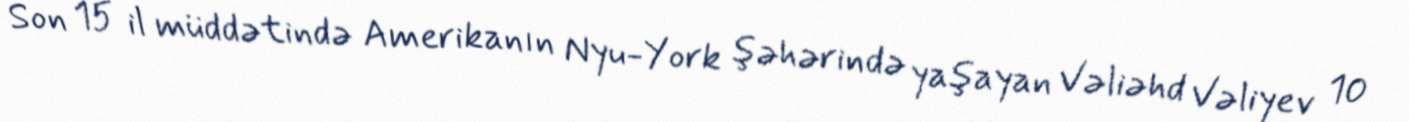
Son 15 il müddətində Amerikanın Nyu-York şəhərində yaşayan Vəliəhd Vəliyev 10